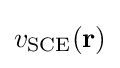
v_{\rm {SCE}}(\mathbf {r} )